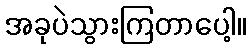
အခုပဲသွားကြတာပေါ့။